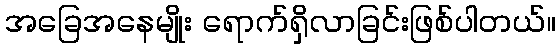
အခြေအနေမျိုး ရောက်ရှိလာခြင်းဖြစ်ပါတယ်။